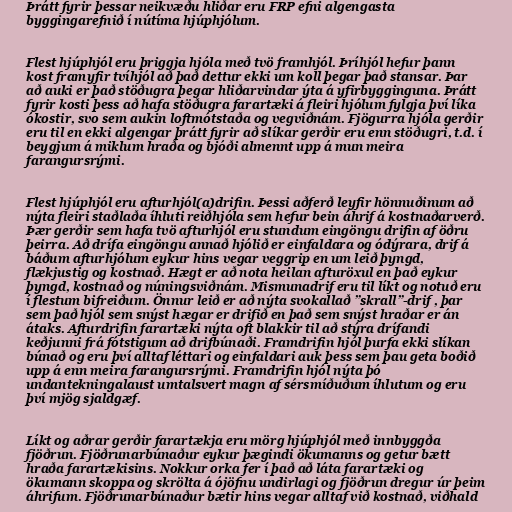
Þrátt fyrir þessar neikvæðu hliðar eru FRP efni algengasta
byggingarefnið í nútíma hjúphjólum.

Flest hjúphjól eru þriggja hjóla með tvö framhjól. Þríhjól hefur þann
kost framyfir tvíhjól að það dettur ekki um koll þegar það stansar. Þar
að auki er það stöðugra þegar hliðarvindar ýta á yfirbygginguna. Þrátt
fyrir kosti þess að hafa stöðugra farartæki á fleiri hjólum fylgja því líka
ókostir, svo sem aukin loftmótstaða og vegviðnám. Fjögurra hjóla gerðir
eru til en ekki algengar þrátt fyrir að slíkar gerðir eru enn stöðugri, t.d. í
beygjum á miklum hraða og bjóði almennt upp á mun meira
farangursrými.

Flest hjúphjól eru afturhjól(a)drifin. Þessi aðferð leyfir hönnuðinum að
nýta fleiri staðlaða íhluti reiðhjóla sem hefur bein áhrif á kostnaðarverð.
Þær gerðir sem hafa tvö afturhjól eru stundum eingöngu drifin af öðru
þeirra. Að drífa eingöngu annað hjólið er einfaldara og ódýrara, drif á
báðum afturhjólum eykur hins vegar veggrip en um leið þyngd,
flækjustig og kostnað. Hægt er að nota heilan afturöxul en það eykur
þyngd, kostnað og núningsviðnám. Mismunadrif eru til líkt og notuð eru
í flestum bifreiðum. Önnur leið er að nýta svokallað ”skrall”-drif , þar
sem það hjól sem snýst hægar er drifið en það sem snýst hraðar er án
átaks. Afturdrifin farartæki nýta oft blakkir til að stýra drífandi
keðjunni frá fótstigum að drifbúnaði. Framdrifin hjól þurfa ekki slíkan
búnað og eru því alltaf léttari og einfaldari auk þess sem þau geta boðið
upp á enn meira farangursrými. Framdrifin hjól nýta þó
undantekningalaust umtalsvert magn af sérsmíðuðum íhlutum og eru
því mjög sjaldgæf.

Líkt og aðrar gerðir farartækja eru mörg hjúphjól með innbyggða
fjöðrun. Fjöðrunarbúnaður eykur þægindi ökumanns og getur bætt
hraða farartækisins. Nokkur orka fer í það að láta farartæki og
ökumann skoppa og skrölta á ójöfnu undirlagi og fjöðrun dregur úr þeim
áhrifum. Fjöðrunarbúnaður bætir hins vegar alltaf við kostnað, viðhald